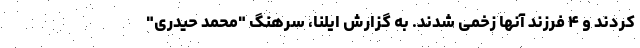
کردند و ۴ فرزند آنها زخمی شدند. به گزارش ایلنا، سرهنگ "محمد حیدری"